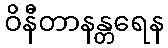
ဝိနီတာနန္တရေန